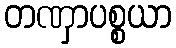
တဏှာပစ္စယာ